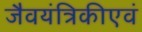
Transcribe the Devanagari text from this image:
जैवयंत्रिकीएवं